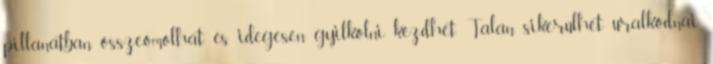
pillanatban összeomolhat és idegesen gyilkolni kezdhet. Talan sikerülhet uralkodnai